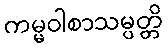
ကမ္မဝါစာသမ္ပတ္တိ